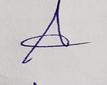
Signature authenticity: genuine